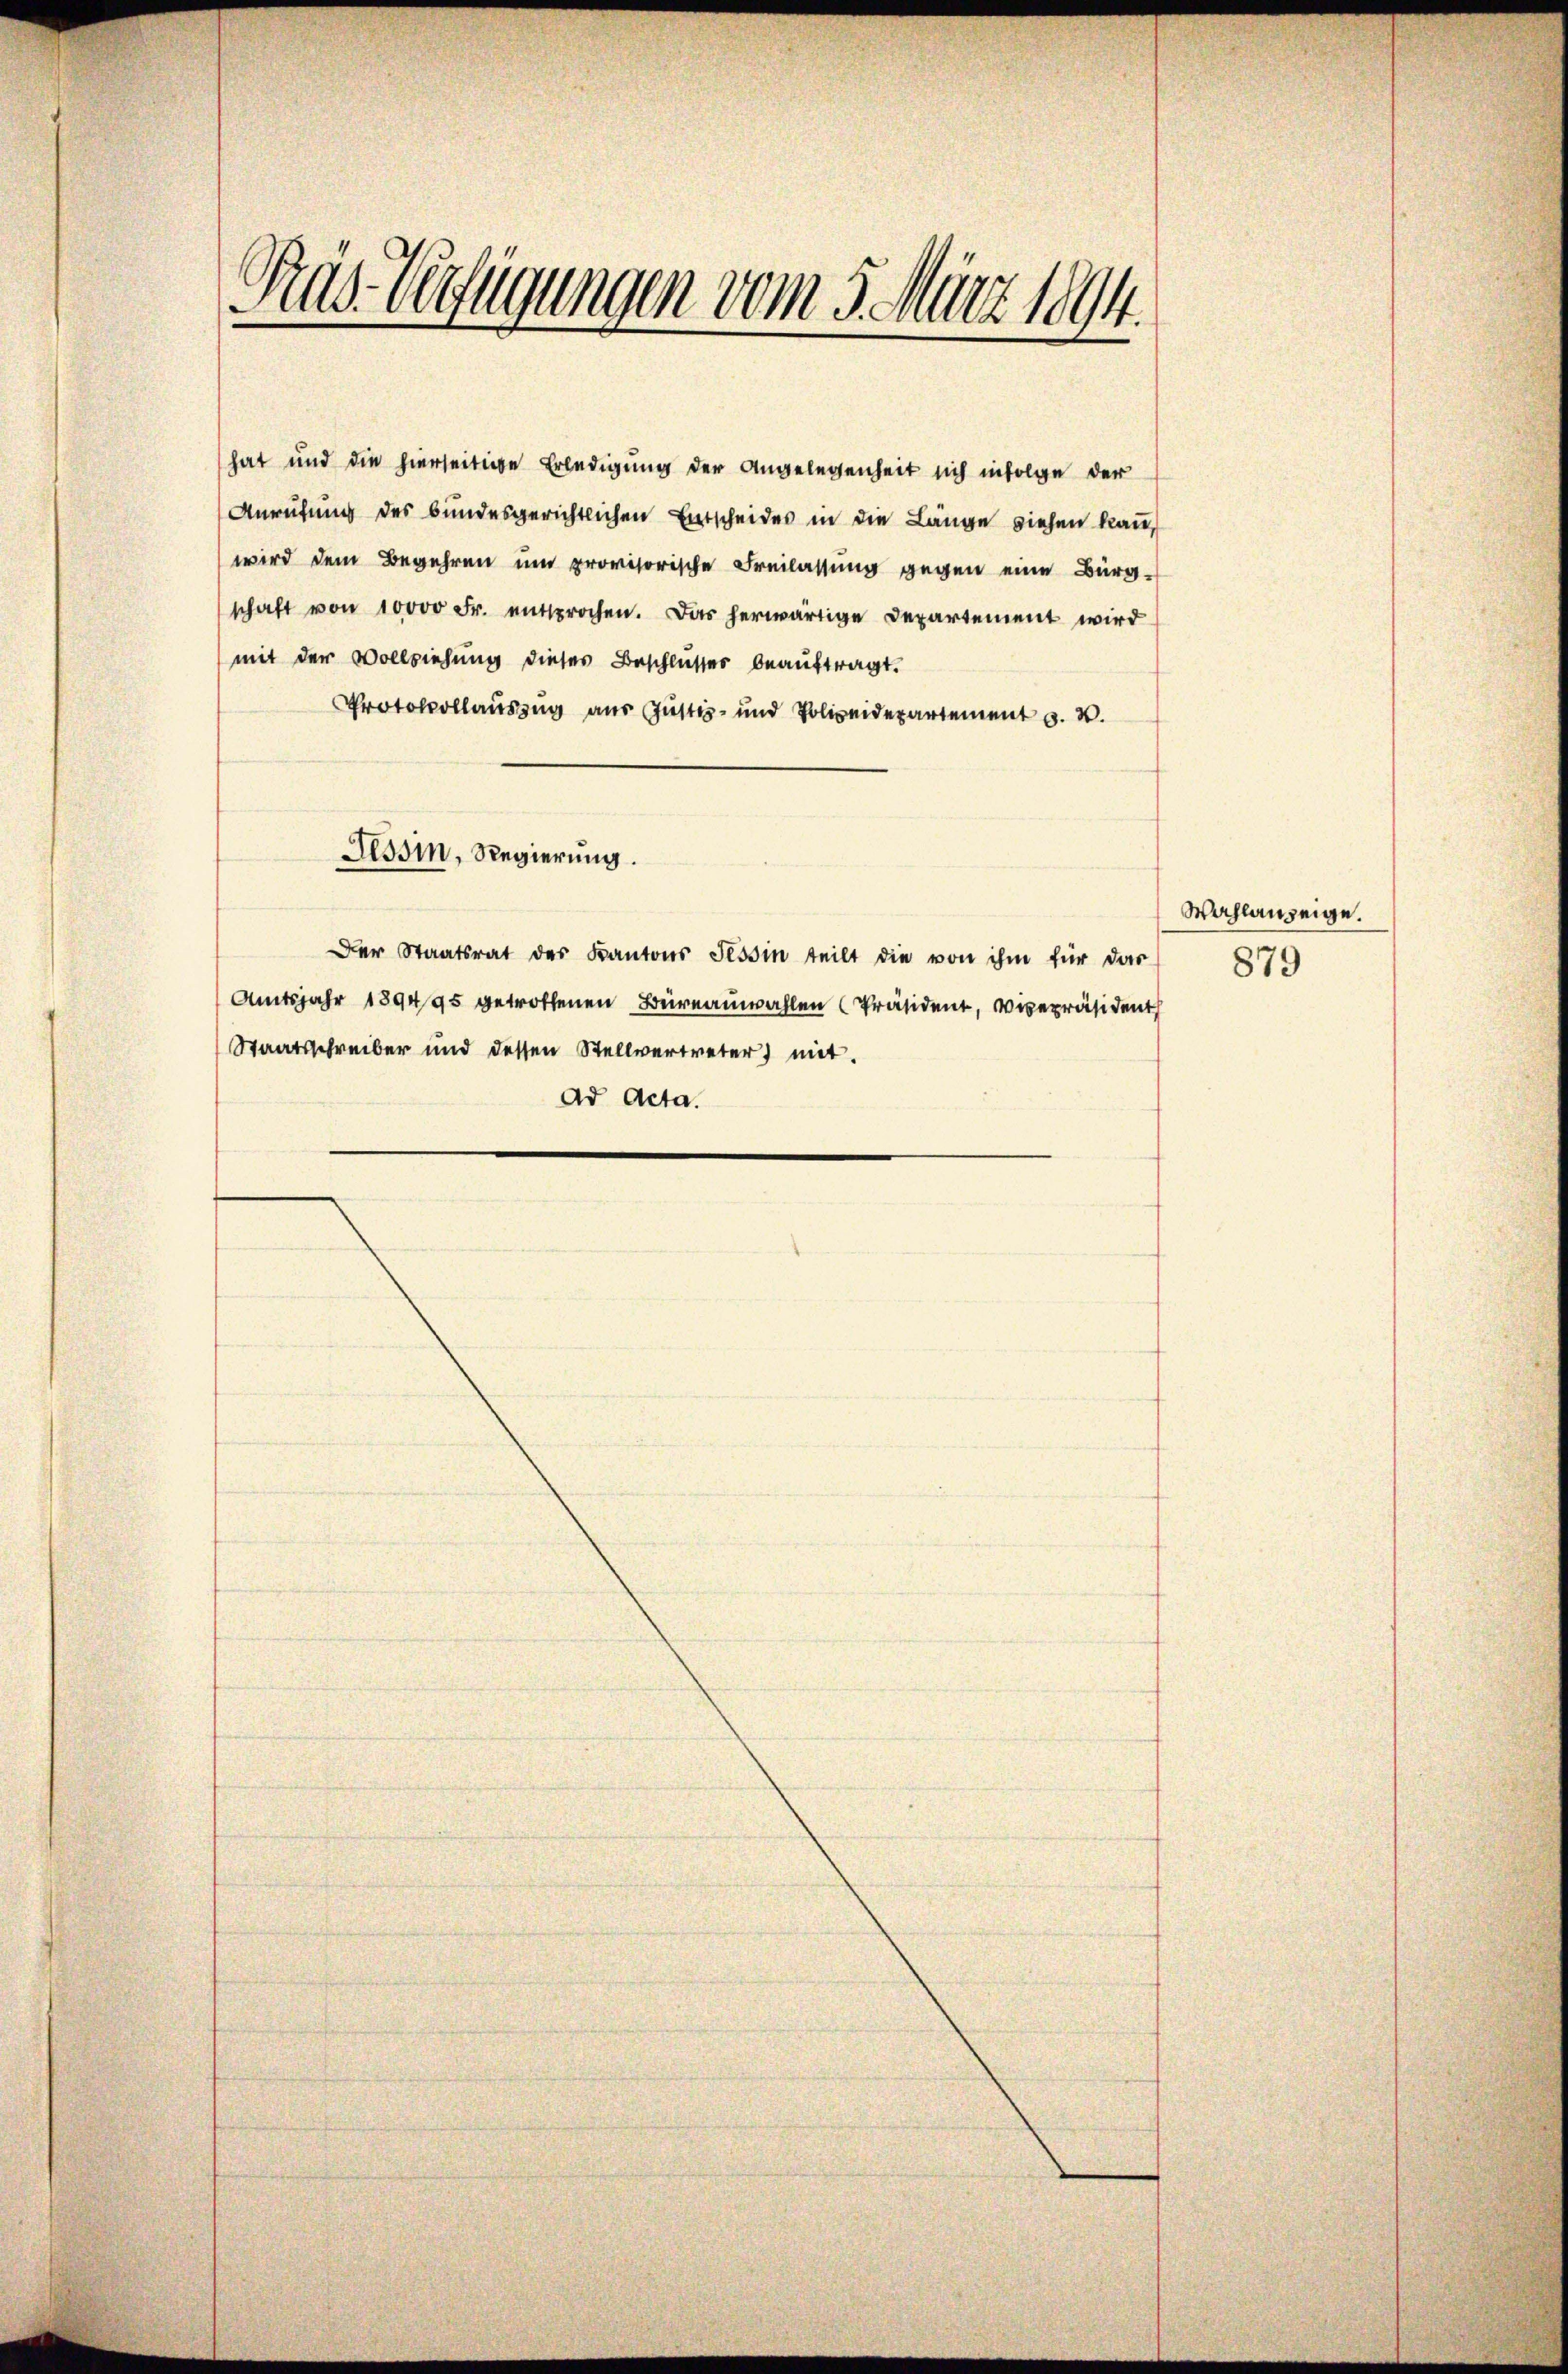
Gras Verfügungen vom 5. März 1894.

Protokollauszug aus Justiz- und Polizeidepartement v. 2.
Tessin, Regierung.
Der Staatsrat des Kantons Tessin teilt die von ihm für das
Amtsjahr 1894/95 getroffenen Büreauwahlen Präsident, Vicepräsident
Staatsschreiber und dessen Stellvertreter) mit
Ad Acta.

hat und die hierseitige Erledigung der Angelegenheit sich infolge der
Anrufung des bundesgerichtlichen Entscheides in die Länge siehen kann,
wird dem Begehren um provisorische Freilassung gegen eine Bürgschaft von 10000 Fr. entsprochen. Das herwärtige Departement wird
mit der Vollziehung dieser Beschlusses beauftragt.

Wahlanzeige.
879